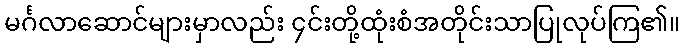
မင်္ဂလာဆောင်များမှာလည်း ၄င်းတို့ထုံးစံအတိုင်းသာပြုလုပ်ကြ၏။